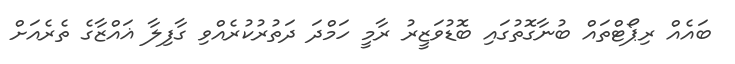
ބައެއް ރިޕޯޓްތައް ބުނާގޮތުގައި ބޮޑުވަޒީރު ރާމީ ހަމްދަ ދަތުރުކުރެއްވި ގާފިލާ ޣައްޒާގެ ތެރެއަށް